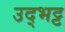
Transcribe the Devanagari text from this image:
उद्भट्ट